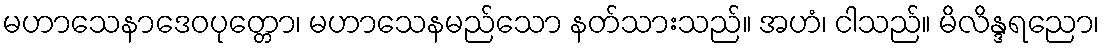
မဟာသေနာဒေဝပုတ္တော၊ မဟာသေနမည်သော နတ်သားသည်။ အဟံ၊ ငါသည်။ မိလိန္ဒရညော၊